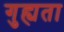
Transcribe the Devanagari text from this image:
गुह्यता